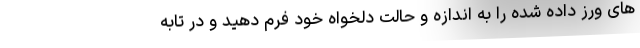
های ورز داده شده را به اندازه و حالت دلخواه خود فرم دهید و در تابه